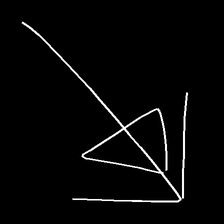
Glyph: pull